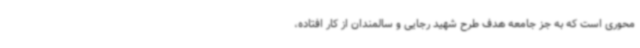
محوری است که به جز جامعه هدف طرح شهید رجایی و سالمندان از کار افتاده،